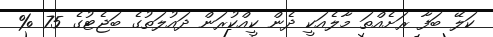
ކަލޭ ބަފާ ރަށެއްތަ މާލެއަކީ ދެން ކީއްކުރަން ދައުލަތުގެ ބަޖެޓުގެ 75 %